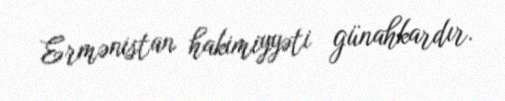
Ermənistan hakimiyyəti günahkardır.